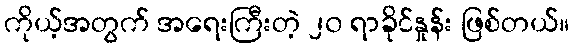
ကိုယ့်အတွက် အရေးကြီးတဲ့ ၂၀ ရာခိုင်နှုန်း ဖြစ်တယ်။